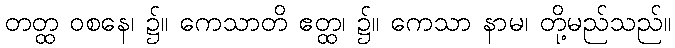
တတ္ထ ဝစနေ၊ ၌။ ကေသာတိ ဧတ္ထ၊ ၌။ ကေသာ နာမ၊ တို့မည်သည်။